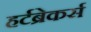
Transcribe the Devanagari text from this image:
हर्टब्रेकर्स